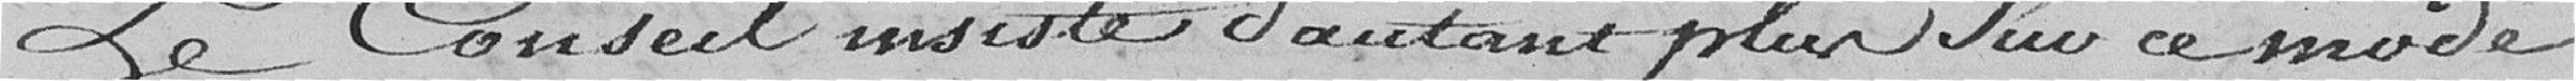
Le conseil insiste d'autant plus sur ce mode